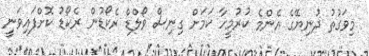
މިވަގުތު ދުނިޔޭގެ އެންމެ ކުރުމީހާ ކަމަށް ގިނިސް ވޯލްޑް ރެކޯޑުން ރެކޯޑު ކޮށްފައިވަނީ